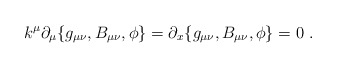
\begin{align*}k^\mu\partial_\mu \{g_{\mu\nu}, B_{\mu\nu}, \phi\}= \partial_x \{g_{\mu\nu}, B_{\mu\nu}, \phi\} = 0\ .\end{align*}